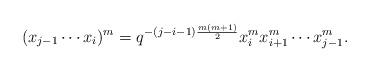
LaTeX: \begin{align*}(x_{j-1}\cdots x_{i})^{m}=q^{-(j-i-1)\frac{m(m+1)}{2}}x_{i}^{m}x_{i+1}^{m}\cdots x_{j-1}^{m}.\end{align*}